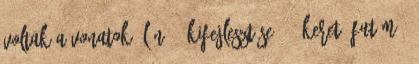
voltak a vonatok élén. 1 Kifejlesztése 2.3 Keret, futómű,